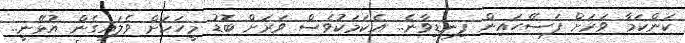
ކަންކަމާ ވަރަށް ފަސޭހައިން ފިނޑިވާނެ.. އެކަމަކުވެސް ވަރަށް ބޮޑު މީހަކަށް ވެލައިގެން އުޅޭނީ..